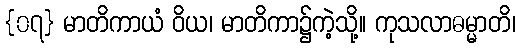
{၀၇} မာတိကာယံ ဝိယ၊ မာတိကာ၌ကဲ့သို့။ ကုသလာဓမ္မာတိ၊